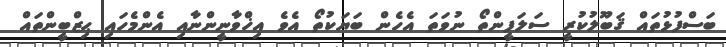
ބަސްފުޅުތައް ޤަބޫލުކުރީ ސަލަފީންތޯ ނުވަތަ އެހެން ބަޔަކުތޯ އެވެ އިޚްވާނީންނާއި އެންމެހައި ޙިޒްބީންތައް